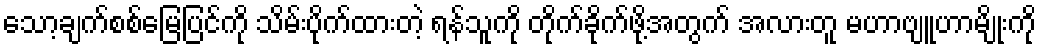
သော့ချက်စစ်မြေပြင်ကို သိမ်းပိုက်ထားတဲ့ ရန်သူကို တိုက်ခိုက်ဖို့အတွက် အလားတူ မဟာဗျူဟာမျိုးကို